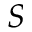
S